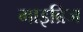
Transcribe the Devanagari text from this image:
माइब्रिज